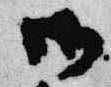
御